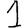
Digit: 1